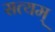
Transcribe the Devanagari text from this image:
सत्‍यम्